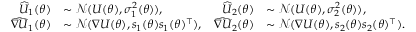
\begin{array} { r l r l } { \widehat U _ { 1 } ( \theta ) } & { \sim \mathcal { N } ( U ( \theta ) , \sigma _ { 1 } ^ { 2 } ( \theta ) ) , } & { \widehat U _ { 2 } ( \theta ) } & { \sim \mathcal { N } ( U ( \theta ) , \sigma _ { 2 } ^ { 2 } ( \theta ) ) , } \\ { \widehat { \nabla U } _ { 1 } ( \theta ) } & { \sim \mathcal { N } ( \nabla U ( \theta ) , s _ { 1 } ( \theta ) s _ { 1 } ( \theta ) ^ { \top } ) , } & { \widehat { \nabla U } _ { 2 } ( \theta ) } & { \sim \mathcal { N } ( \nabla U ( \theta ) , s _ { 2 } ( \theta ) s _ { 2 } ( \theta ) ^ { \top } ) . } \end{array}